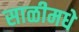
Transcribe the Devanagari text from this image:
साळीमधे